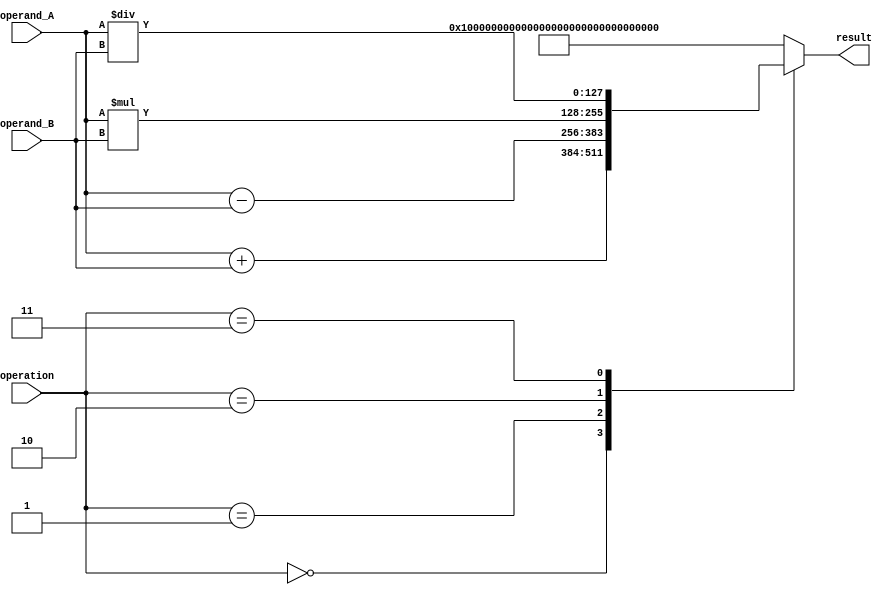
module QuadPrecisionFloatUnit (
    input wire [127:0] operand_A,
    input wire [127:0] operand_B,
    input wire [2:0] operation,
    output reg [127:0] result
);

always @ (operand_A or operand_B or operation)
begin
    case(operation)
        3'b000: result = operand_A + operand_B; // Addition
        3'b001: result = operand_A - operand_B; // Subtraction
        3'b010: result = operand_A * operand_B; // Multiplication
        3'b011: result = operand_A / operand_B; // Division
        default: result = 128'hFFFFFFFFFFFFFFFFFFFFFFFFFFFFFFFF; // Error case
    endcase
end

endmodule